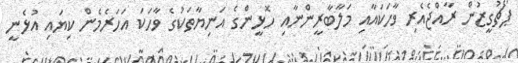
ޕޯޗުގީޒުން ރާއްޖެއެރި ވާހަކައާއި މަލާބާރީންނާއި ހޮޅީންގެ އަނިޔާތަކުގެ ވާހަކަ އަހަރެމެން ކިޔައި އުޅެނީ